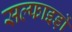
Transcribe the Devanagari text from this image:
सल्फाइड़ों